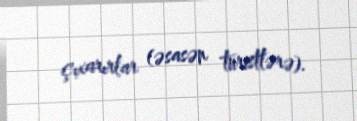
çıxarırlar (əsasən turistlərə).